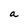
Character: a